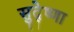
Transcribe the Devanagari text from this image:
सुदे्ष्णा